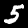
Label: 5